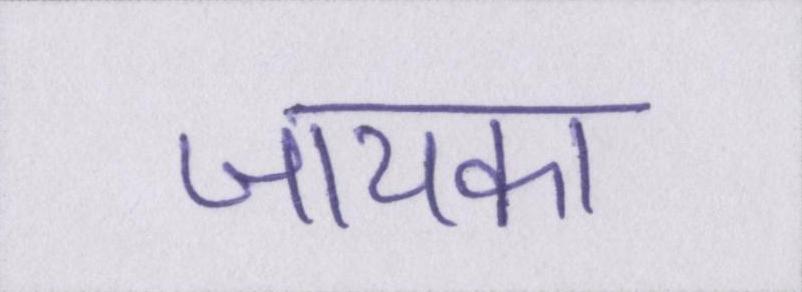
जायका